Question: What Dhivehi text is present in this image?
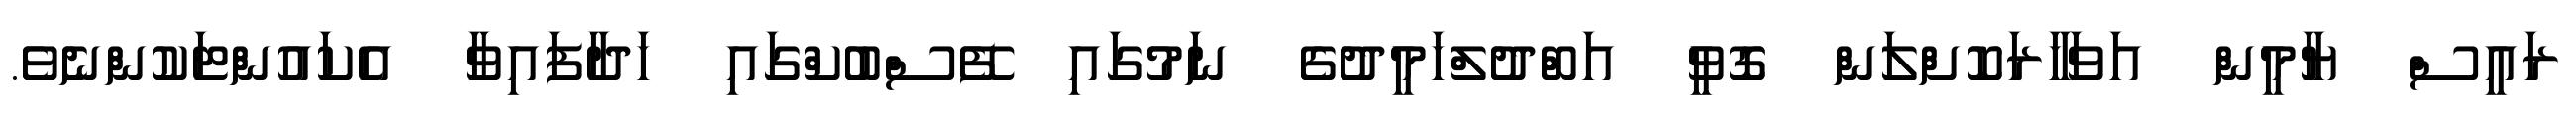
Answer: ރައީސް ޔާމީން އަވަހާރަކޮށްލަން ގޮވީ އަބްދުލްހަމީދުގެ ނަމުގައި ފޭސްބުކްގައި ހަދާފައިވާ އެކައުންޓަކުންނެވެ.